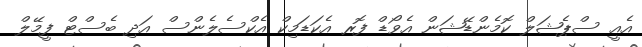
އެއީ ސްޕެޝަލް ކޮމެންޑޭޝަން އެވޯޑް ފޮރ އެކަޑަމިކް އެކްސެލެންސް އަދި ބެސްޓް ފީމޭލް